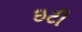
ઇટી